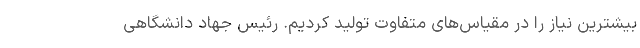
بیشترین نیاز را در مقیاس‌های متفاوت تولید کردیم. رئیس جهاد دانشگاهی